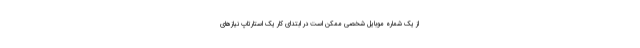
از یک شماره موبایل شخصی ممکن است در ابتدای کار یک استارتاپ نیازهای